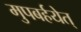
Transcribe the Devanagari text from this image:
मुपबर्हयेत्